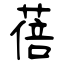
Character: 蓓